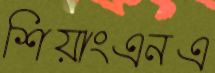
শিয়াংএনএ